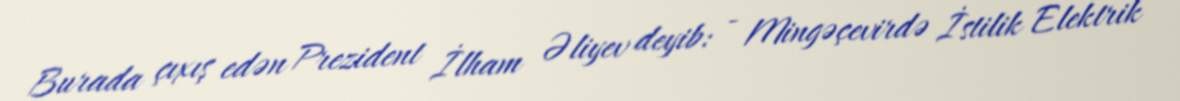
Burada çıxış edən Prezident İlham Əliyev deyib: - Mingəçevirdə İstilik Elektrik